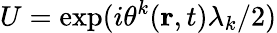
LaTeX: U=\exp(i\theta^{k}({\mathbf{r}},t)\lambda_{k}/2)